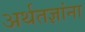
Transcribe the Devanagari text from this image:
अर्थतज्ञांना